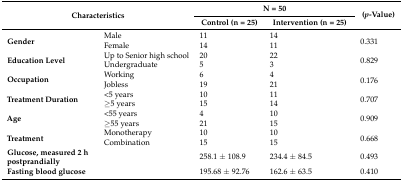
| <ROWSPAN=2-COLSPAN=2> Characteristics | <COLSPAN=2> N = 50 | <ROWSPAN=2> (p-Value) |
 | Control (n = 25) | Intervention (n = 25) |
 | --- | --- | --- | --- | --- |
 | <ROWSPAN=2> Gender | Male | 11 | 14 | <ROWSPAN=2> 0.331 |
 | Female | 14 | 11 |
 | <ROWSPAN=2> Education Level | Up to Senior high school | 20 | 22 | <ROWSPAN=2> 0.829 |
 | Undergraduate | 5 | 3 |
 | <ROWSPAN=2> Occupation | Working | 6 | 4 | <ROWSPAN=2> 0.176 |
 | Jobless | 19 | 21 |
 | <ROWSPAN=2> Treatment Duration | <5 years | 10 | 11 | <ROWSPAN=2> 0.707 |
 | ≥5 years | 15 | 14 |
 | <ROWSPAN=2> Age | <55 years | 4 | 10 | <ROWSPAN=2> 0.909 |
 | ≥55 years | 21 | 15 |
 | <ROWSPAN=2> Treatment | Monotherapy | 10 | 10 | <ROWSPAN=2> 0.668 |
 | Combination | 15 | 15 |
 | Glucose, measured 2 h postprandially |  | 258.1 ± 108.9 | 234.4 ± 84.5 | 0.493 |
 | Fasting blood glucose |  | 195.68 ± 92.76 | 162.6 ± 63.5 | 0.410 |